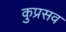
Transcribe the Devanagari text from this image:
कुप्रसव